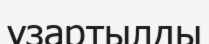
ұзартылды